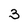
Character: 3